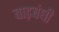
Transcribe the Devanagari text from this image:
बाड़बंधी